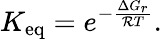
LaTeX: K_{\mathrm{eq}}=e^{-\frac{\Delta G_{r}}{{\cal R}T}}.